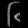
Digit: ၆